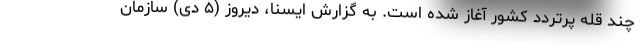
چند قله پرتردد کشور آغاز شده است. به گزارش ایسنا، دیروز (۵ دی) سازمان